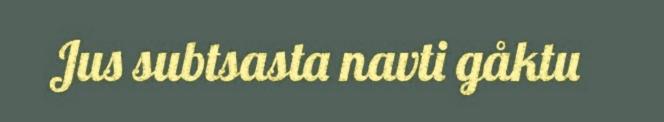
Jus subtsasta navti gåktu